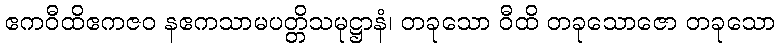
ဧကဝီထိဧကဇဝ နဧကသာမပတ္တိသမုဋ္ဌာနံ၊ တခုသော ဝီထိ တခုသောဇော တခုသော